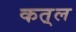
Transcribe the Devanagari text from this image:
कत़्ल